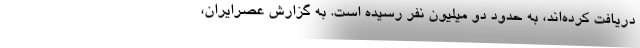
دریافت کرده‌اند، به حدود دو میلیون نفر رسیده است. به گزارش عصرایران،